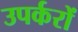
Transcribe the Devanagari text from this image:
उपर्करों